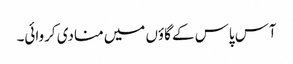
آس پاس کے گاؤں میں منادی کروائی۔